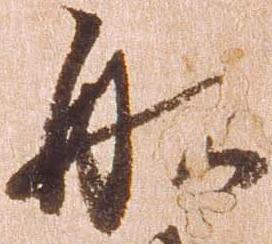
船